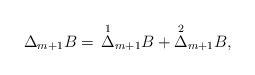
\begin{align*} \Delta_{m+1}B=\,\overset{1}{\Delta}_{m+1}B+\overset{2}{\Delta}_{m+1}B,\end{align*}